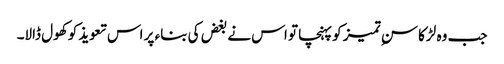
جب وہ لڑکا سنِ تمیز کو پہنچا تو اس نے بغض کی بناء پر اس تعویذ کو کھول ڈالا۔